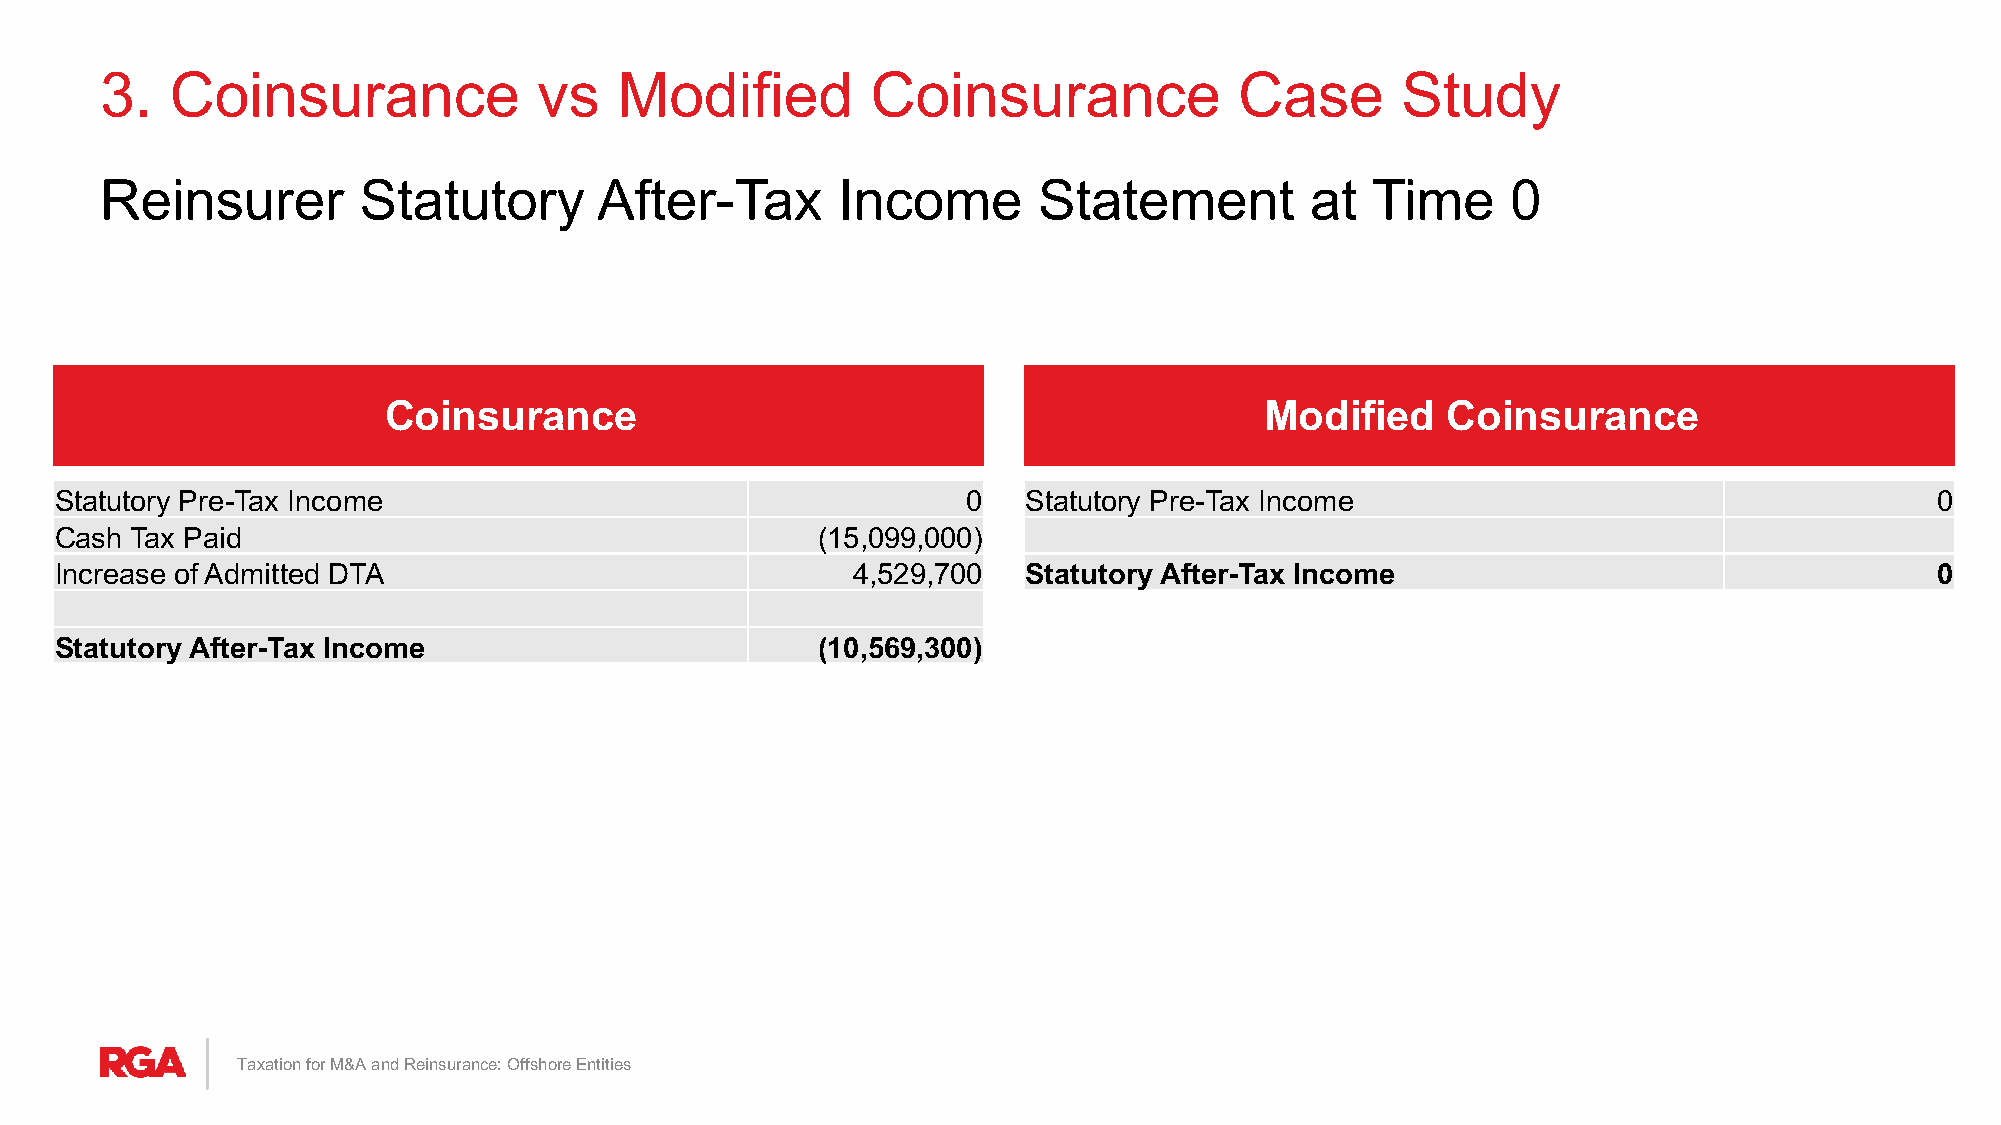
3.  Coinsurance              vs   Modified         Coinsurance             Case       Study
 Reinsurer        Statutory       After-Tax      Income        Statement         at  Time     0
 Coinsurance                                                Modified    Coinsurance
 Statutory Pre-Tax Income                                    0   Statutory Pre-Tax Income                                    0
 Cash Tax Paid                                     (15,099,000)
 Increase of Admitted DTA                            4,529,700   Statutory After-Tax Income                                  0
 Statutory After-Tax Income                        (10,569,300)
 Taxation for M&A and Reinsurance: Offshore Entities